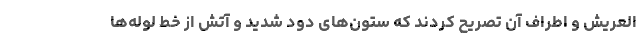
العریش و اطراف آن تصریح کردند که ستون‌های دود شدید و آتش از خط لوله‌ها